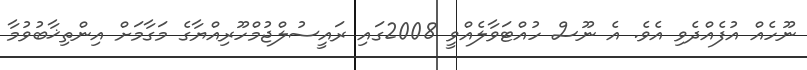
ނޫހެއް އުފެއްދެވި އެވެ. އެ ނޫސް ހުއްޓަވާލެއްވީ 2008ގައި ރައީސުލްޖުމްހޫރިއްޔާގެ މަގާމަށް އިންތިޚާބުވުމާ